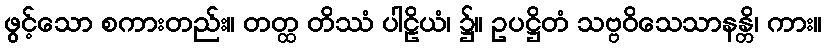
ဖွင့်သော စကားတည်း။ တတ္ထ တိဿံ ပါဠိယံ၊ ၌။ ဥပဋ္ဌိတံ သဗ္ဗဝိသေသာနန္တိ၊ ကား။